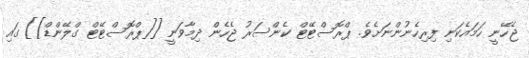
ޖެހޭނީ ހަމައެކަނި ފިރިހެނުންނަށެވެ. ޕްރޮސްޓޭޓް ކެންސަރު ޖެހެން ދިމާވަނީ [[ޕްރޮސްޓޭޓް ގްލޭންޑް]] ގައި